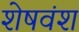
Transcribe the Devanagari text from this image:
शेषवंश